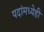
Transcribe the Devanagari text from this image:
पदांमध्येही